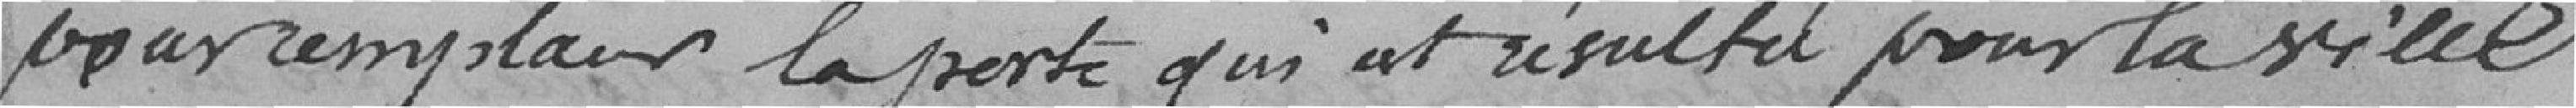
pour remplacer la perte qui a résultée pour la ville